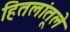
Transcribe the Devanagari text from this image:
हितलांतूले